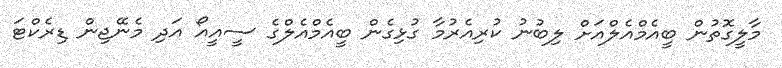
މާލީގޮތުން ބީއެމްއެލްއަށް ލިބުނު ކުރިއެރުމާ ގުޅިގެން ބީއެމްއެލްގެ ސީއީއޯ އަދި މެނޭޖިން ޑިރެކްޓަ